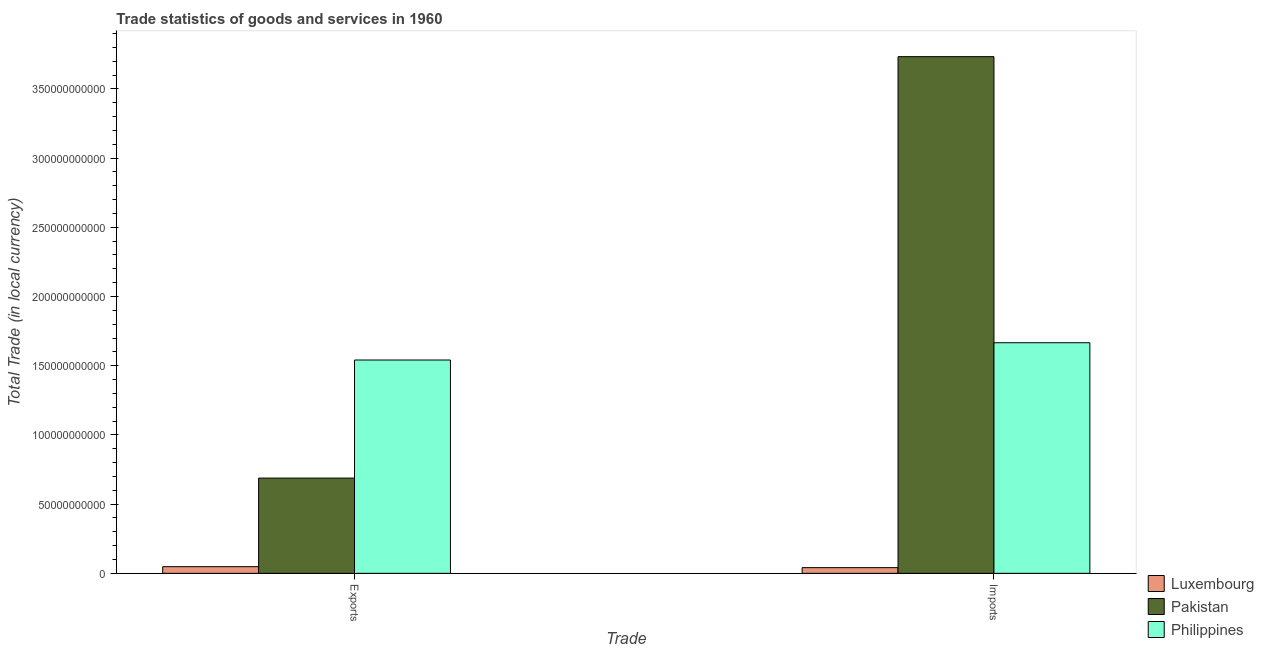
| Trade | Luxembourg | Pakistan | Philippines |
 | --- | --- | --- | --- |
 | Exports | 4.81e+09 | 6.88e+10 | 1.54e+11 |
 | Imports | 4.11e+09 | 3.73e+11 | 1.67e+11 |